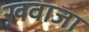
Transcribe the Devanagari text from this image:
ख़वाजा